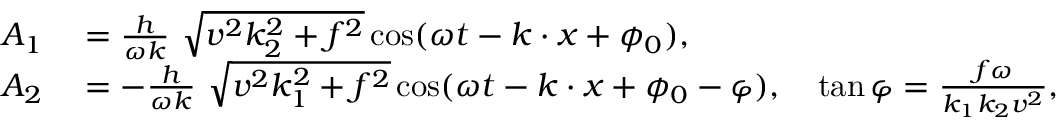
\begin{array} { r l } { A _ { 1 } } & { { } = \frac { h } { \omega k } \ { \sqrt { v ^ { 2 } k _ { 2 } ^ { 2 } + f ^ { 2 } } } \cos ( \omega t - k \cdot x + \phi _ { 0 } ) , \ } \\ { A _ { 2 } } & { { } = - \frac { h } { \omega k } \ { \sqrt { v ^ { 2 } k _ { 1 } ^ { 2 } + f ^ { 2 } } } \cos ( \omega t - k \cdot x + \phi _ { 0 } - \varphi ) , \quad \tan \varphi = \frac { f \omega } { k _ { 1 } k _ { 2 } v ^ { 2 } } , } \end{array}